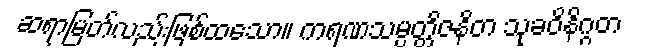
ဆရာမြတ်လည်းဖြစ်ထသော။ ကရဏသမ္ပတ္တိဇနိတ သုခဝိနိဂ္ဂတ